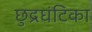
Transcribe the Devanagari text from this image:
छुद्रघंटिका